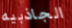
الجاذبيه